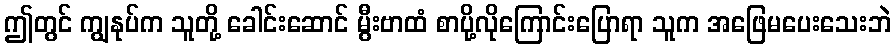
ဤတွင် ကျွနုပ်က သူတို့ ခေါင်းဆောင် မွီးဗာထံ စာပို့လိုကြောင်းပြောရာ သူက အဖြေမပေးသေးဘဲ